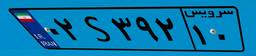
۰۲S۳۹۲۱۰